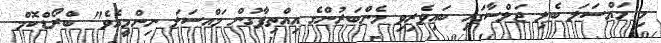
މި މައްސަލަ ބެލި ޖަލްސާގައި ބައިވެރިވި މެންބަރުންގެ އިއްތިފާގުން މައްސަލަ ނިންމީއެވެ" ބްރޯޑްކޮމް